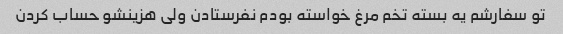
تو سفارشم یه بسته تخم مرغ خواسته بودم نفرستادن ولی هزینشو حساب کردن